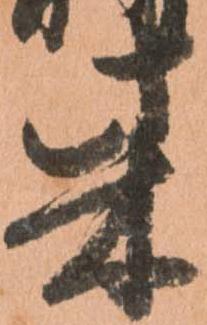
柴